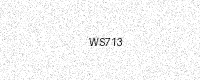
Text: WS713